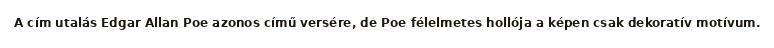
A cím utalás Edgar Allan Poe azonos című versére, de Poe félelmetes hollója a képen csak dekoratív motívum.